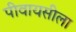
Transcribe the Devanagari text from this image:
पीवायसीला